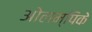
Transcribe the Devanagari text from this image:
ओलम्पिके